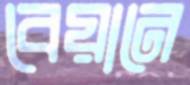
বেয়ানে